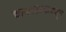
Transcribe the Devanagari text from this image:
चरणस्मरणापासून